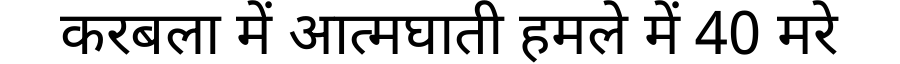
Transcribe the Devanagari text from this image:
करबला में आत्मघाती हमले में 40 मरे